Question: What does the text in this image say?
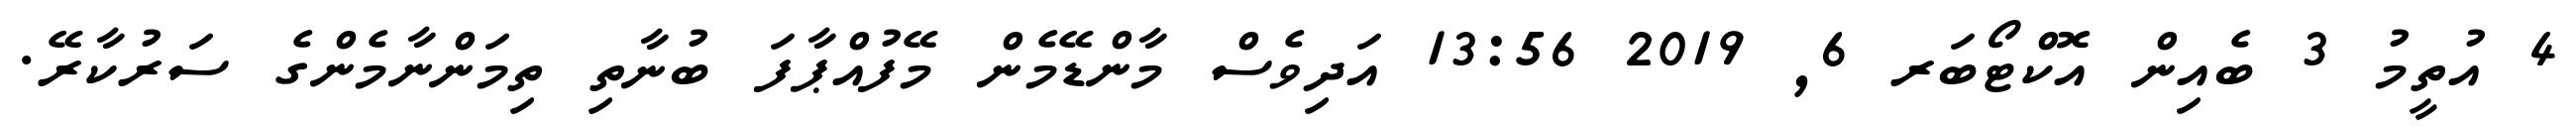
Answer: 4 އުތީމު 3 ބެއިން އޮކްޓޯބަރ 6, 2019 13:56 އަދިވެސް މާންޑޭމެން މޭފުއްޕާފަ ބުނާތި ތިމަންނާމެންގެ ސަރުކާރޭ.